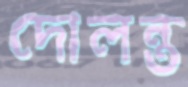
দোলন্ত